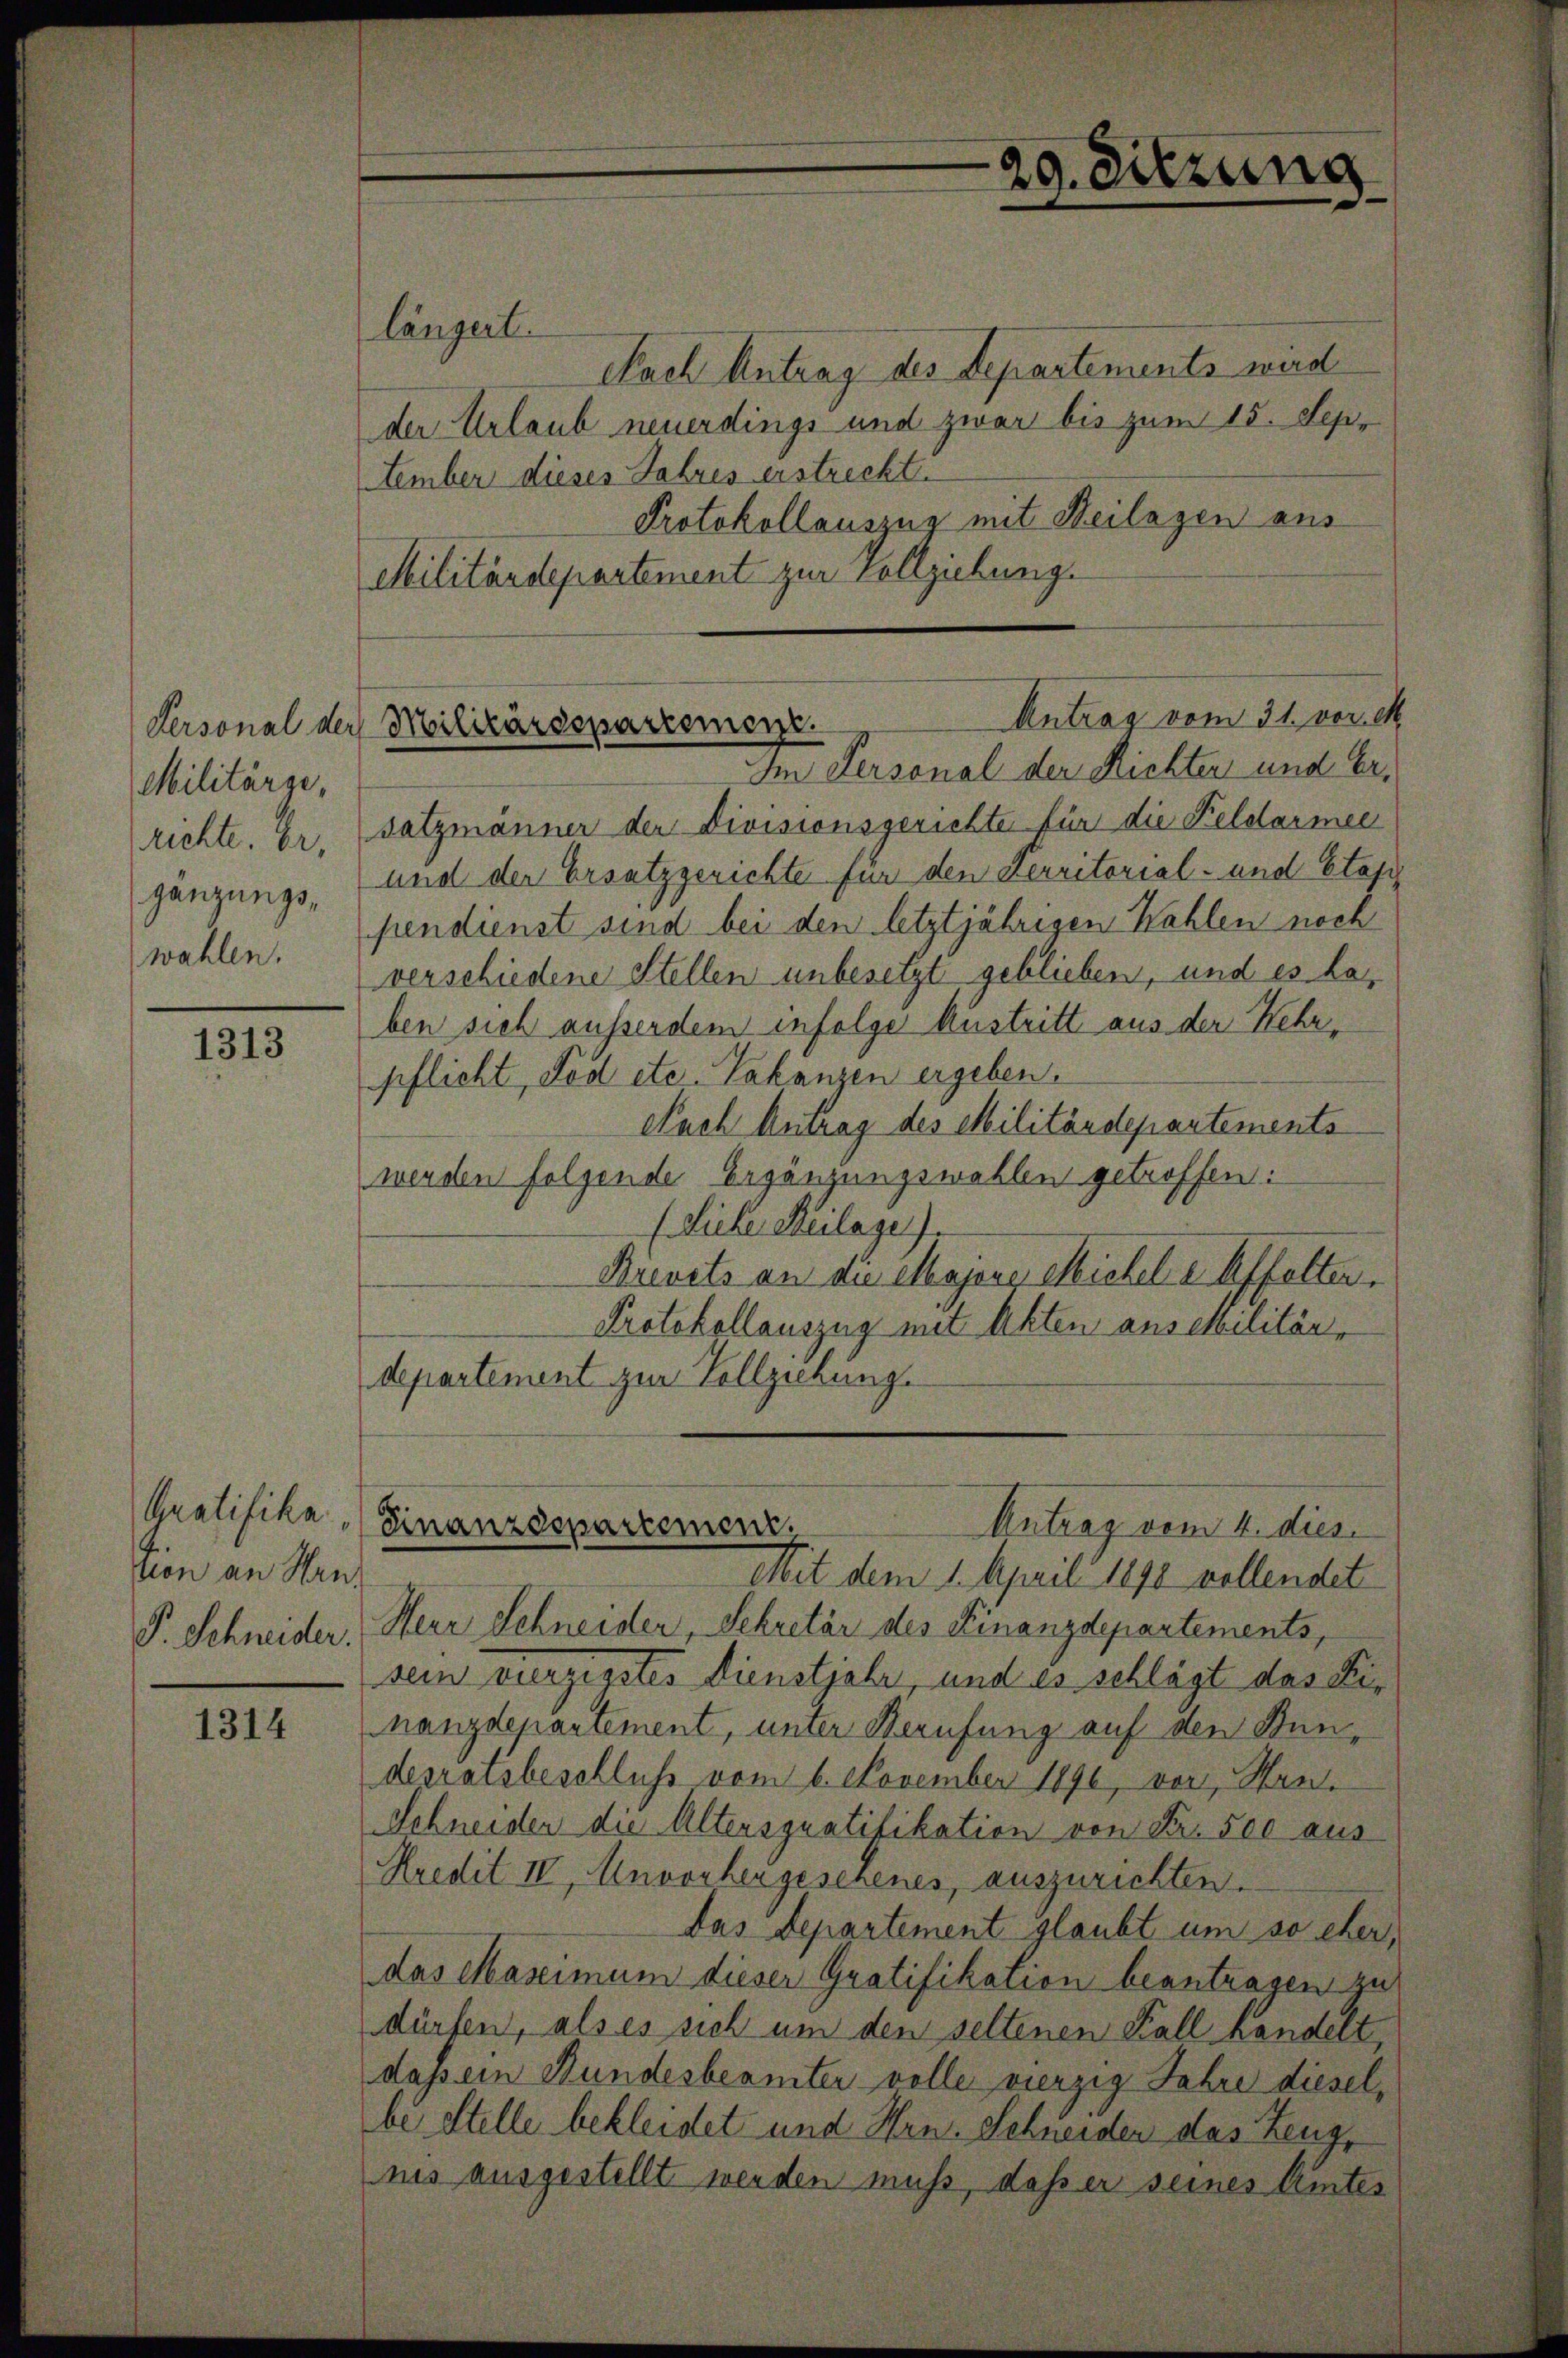
Personal der
Militärge,
richte. Er,
gänzungswahlen.

1313

vion an Hrn.
P. Schneider.

1314

längert.
Nach Antrag des Departements wird
der Urlaub neuerdings und zwar bis zum 15. Sep.
tember dieses Jahres erstreckt
Protokollauszug mit Beilagen aus
Militärdepartement zur Vollziehung.

Antrag vom 31. vor. M.
Militärdepartement.

29. Sitzung

Im Personal der Richten und Ersatzmänner der Divisionsgerichte für die Feldarmee
und der Ersatzgerichte für den Territorial- und Etap
pendienst sind bei den letztjährigen Kahlen noch
verschiedene Stellen unbesetzt geblieben, und es daben sich ausserdem infolge Austritt aus der Kehrpflicht, Tod etc. Vakanzen ergeben.
Nach Antrag des Militärdepartements
werden folgende Ergänzungswahlen getroffen:
(Siehe Beilage).
Brevets an die Majors Michel e Affolter.
Protokollauszug mit Akten aus Militärdepartement zur Vollziehung.
kratifika, (Finanzdepartemen.
Antrag vom 4. dies
Mit dem 1. April 1890 vollendet
Herr Schneider, Sekretär des Finanzdepartements,
sein vierzigstes Dienstjahr, und es schlägt das Finanzdenantement, unter Berufung auf den Bundesratsbeschluss vom 6. November 1890, von Wan¬
Schneider die Altersgratifikation von Fr. 500 aus
Kredit IV, Unvorhergesehenes, auszurichten.
das Departement glaubt um so eher,
das Maximum dieser Gratifikation beantragen zu
dürfen, als es sich um den seltenen Fall handelt,
dass ein Bundesbeamter volle vierzig Jahre dieselbi Stelle bekleidet und Hrn. Schneiden das Zeuge
nis ausgestellt werden muss, daß er seines Unter